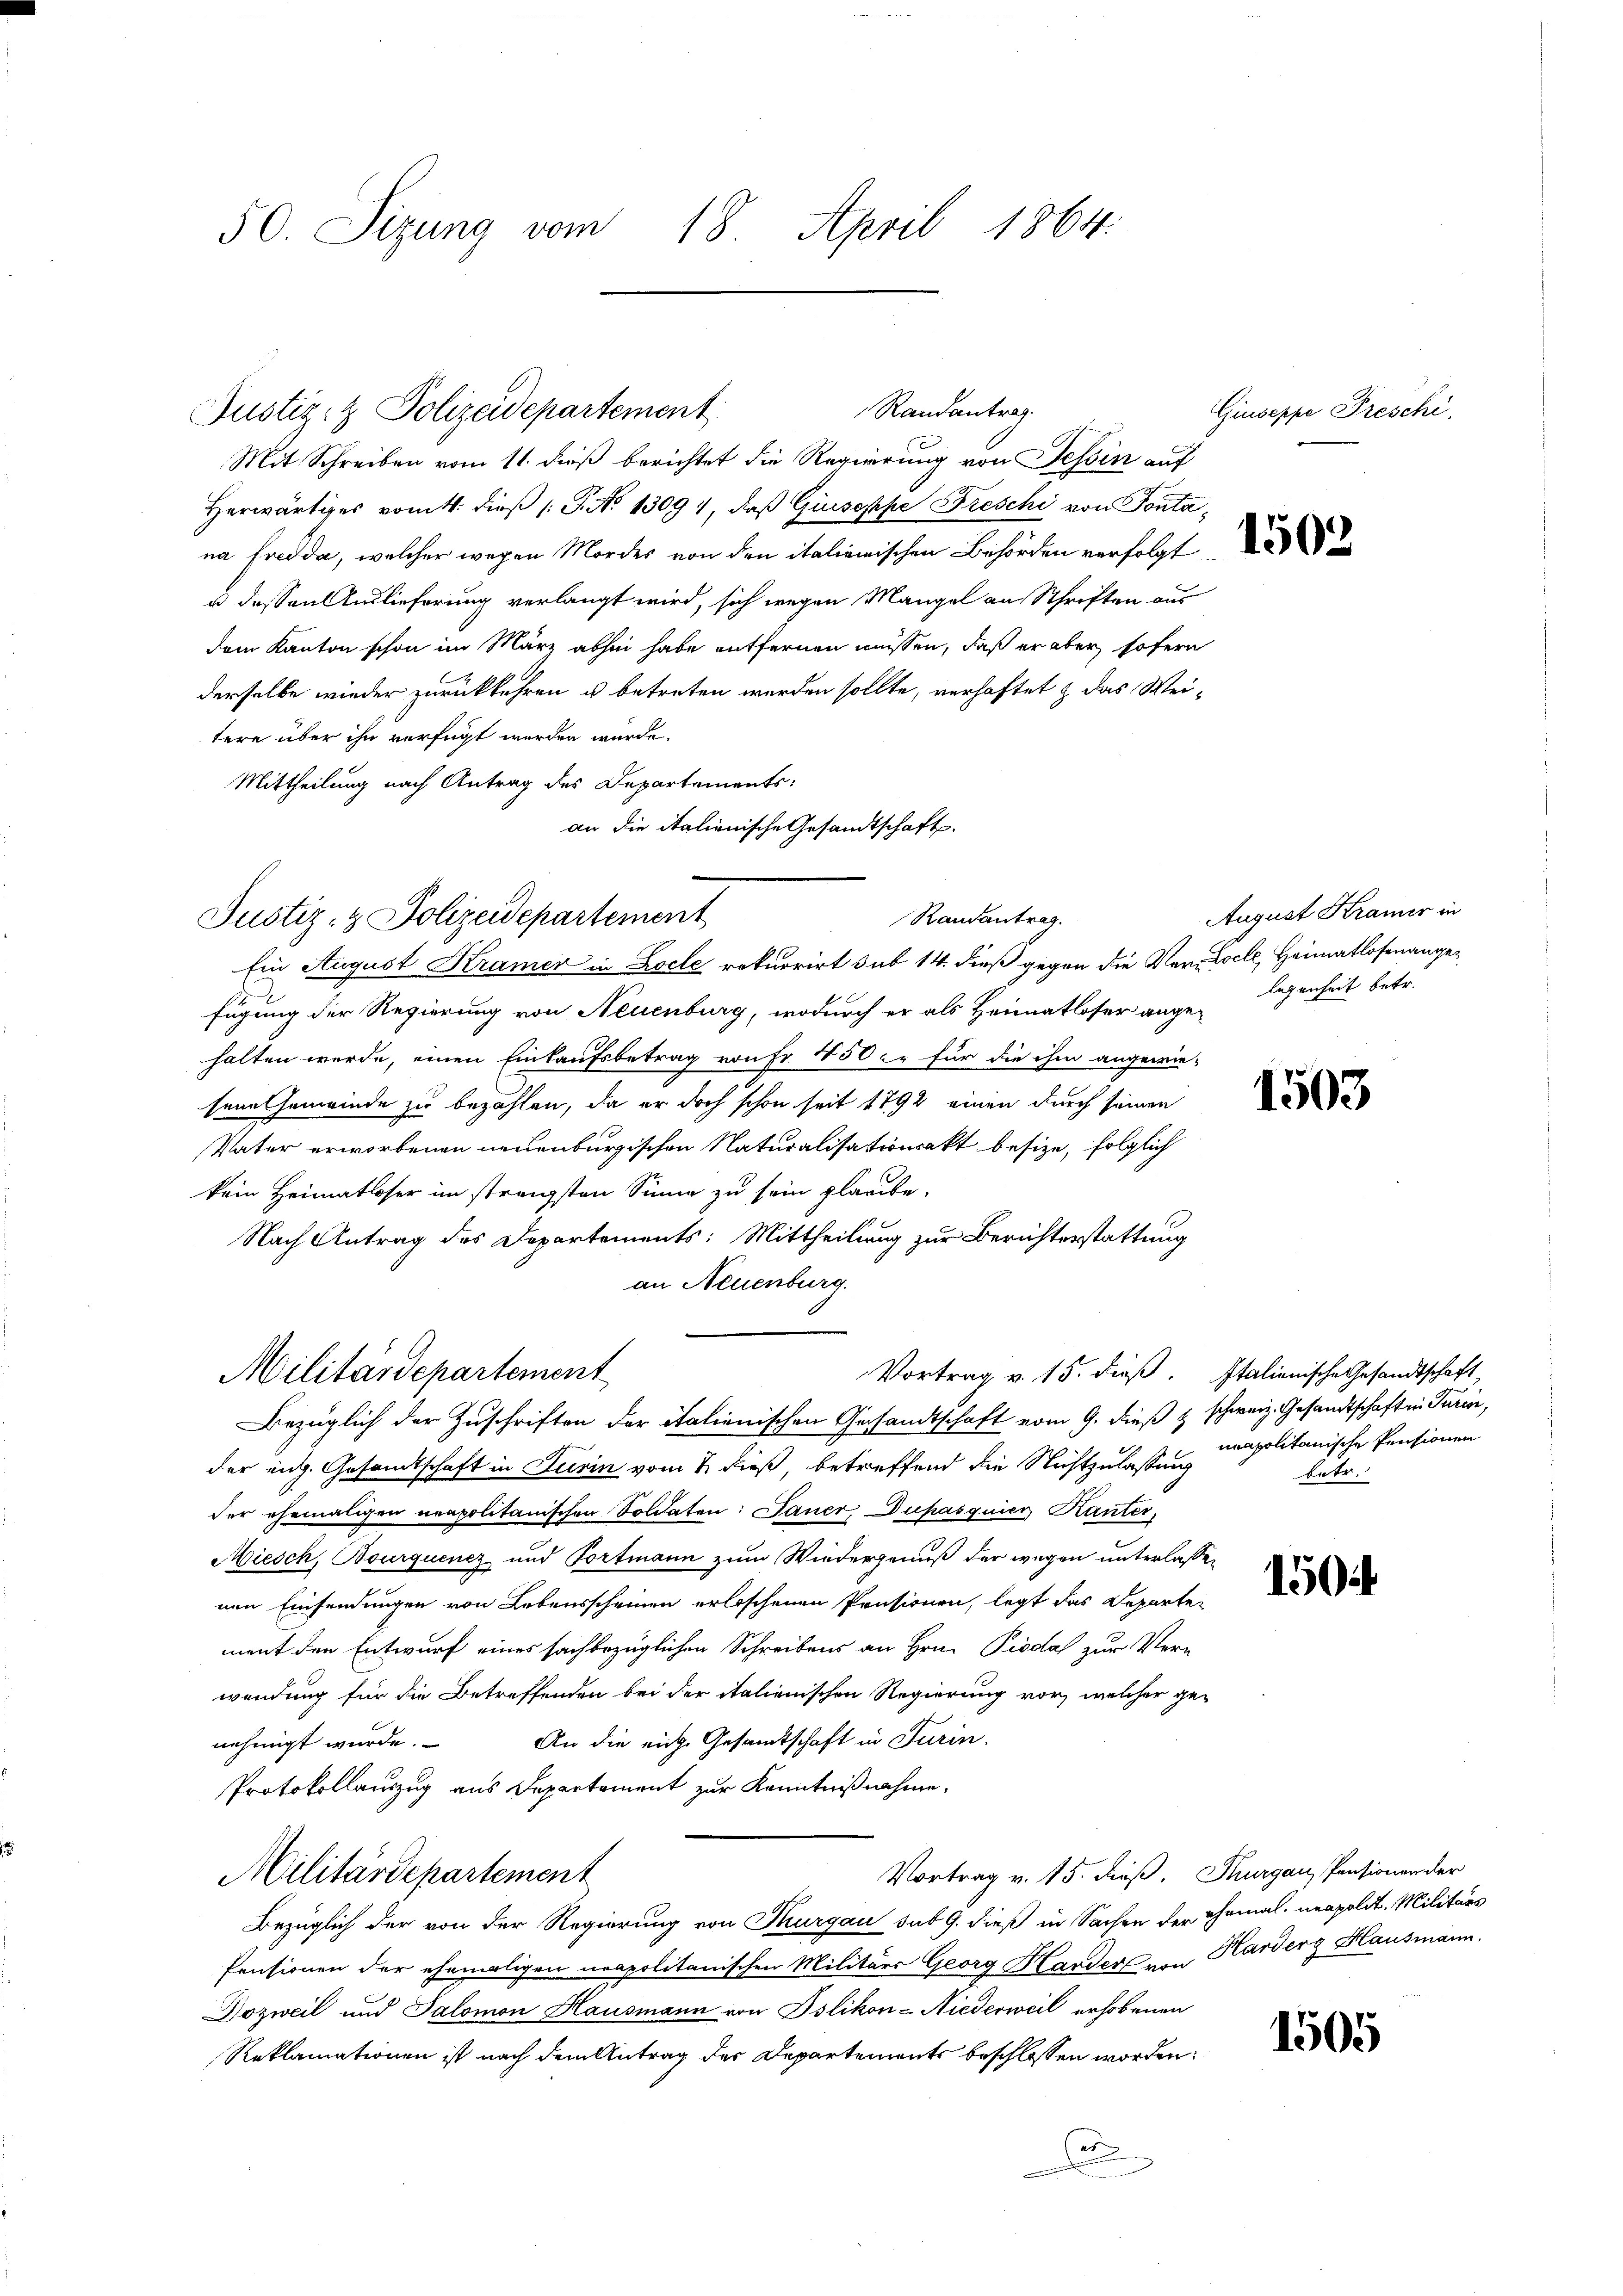
50. Sizung vom 18. April 1864.

Randantrag.
Justiz- & Polizeidepartement

Mit Schreiben vom 11. dieß berichtet die Regierung von Tessin auf
Herwärtiges vom 4. dieß (: P. No 13094, daß Giuseppe Dreschi von Fontana Fredda, welcher wegen Mordes von den italienischen Behörden verfolgt
u dessen Auslieferung verlangt wird, sich wegen Mangel an Schriften aus
dem Kanton schon im März absen habe entfernen müssen, daß er aber sofern
derselbe wieder zurückkehren u betreten werden sollte, verhaftet & das Wei-
tere über ihn verfügt werden würde.
Mittheilung nach Antrag des Departements
Ein August Kramer in Loele rekurrirt sub 14. dieß gegen die Ver- Coele, Heimatlosenangefügung der Regierung von Neuenburg, wodurch er als Heimatloser angelegenheit betr.
halten werde, einen Einkaufsbetrag von Fr. 450 er für die ihm angewie-
sene Gemeinde zu bezahlen, da er doch schon seit 1792 einen durch seinen
Vater erworbenen neuenburgischen Naturalisationsakt besize, folglich
kein Heimatloser im strengsten Sinne zu sein glaube,
Nach Antrag des Departements: Mittheilung zur Berichterstattung
an Neuenburg.
Vortrag v. 15. dieß. Italienische Gesandtschaft,
Militärdepartement
Bezüglich der Zuschriften der italienischen Gesandtschaft vom 9. dieß & schweiz. Gesandtschaft in Turin,
der eng. Gesandtschaft in Turin vom 2. dieß, betreffend die Nichtzulassung
der ehemaligen neapolitanischen Soldaten: Janer Dupasquier Kanter
Miesch, Bourquenz und Portmann zum Wiedergenuß der wegen unterlassen
nen Einsendungen von Lebensscheinen erloschenen Pensionen, legt das Departen
ment den Entwurf eines sachbezüglichen Schreibens an Hrn. Piodaf zur Vern
wendung für die Betreffenden bei der italienischen Regierung vor, welcher ge-
An die eiche Gesandtschaft in Turin.
nehmigt wurde.
Protokollauszug aus Departement zur Kenntnißnahme.
Vortrag v. 15. dieß. Thurgau, Pensionen der
Militärdepartement
Bezüglich der von der Regierung von Thurgau sub 9. dieß in Sachen der Ehemal neapolit. Militärs
Pensionen der ehemaligen neapolitanischen Militärs Georg Hardert um Harders Hausmann.
Dozweil und Salomon Hausmann von Islikon-Niederweil erhobenen
Reklamationen ist nach dem Antrag der Departements beschlossen worden:
.
einer in

an die italienische Gesandtschaft.
Randantrag.
Justiz- & Polizeidepartement

Giuseppe Preschi

August Kramer in

1503

unapolitanische Pensionen
betr.

150

1505